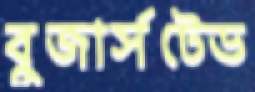
বুজার্সটেড